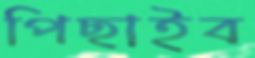
পিছাইব